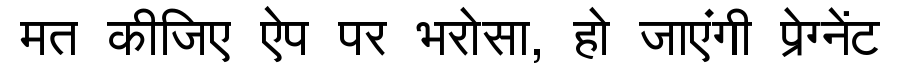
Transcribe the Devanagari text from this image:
मत कीजिए ऐप पर भरोसा, हो जाएंगी प्रेग्नेंट